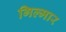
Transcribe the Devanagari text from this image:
गिल्मार